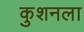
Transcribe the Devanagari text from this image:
कुशनला